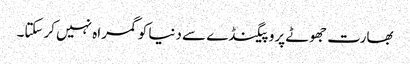
بھارت جھوٹے پروپیگنڈے سے دنیا کوگمراہ نہیں کرسکتا۔